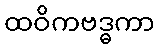
ထဝိကဗဒ္ဓကာ